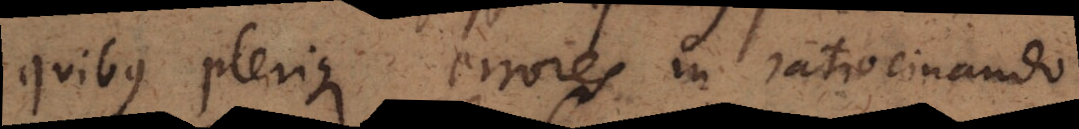
quibus plerique errores in ratiocinando